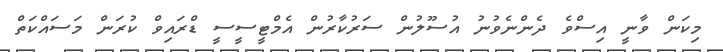
މިކަން ވާނީ އިސްވެ ދެންނެވުނު އުސޫލުން ސަރުކާރުން އެމްޓީސީސީ ޑްރައިވް ކުރަން މަސައްކަތް